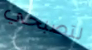
لتصبحي